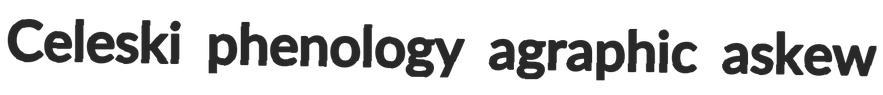
Celeski phenology agraphic askew